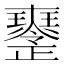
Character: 𤫒